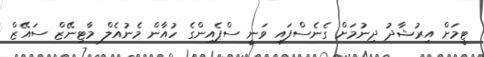
ޓީމަށް އިރުޝާދު ދިނުމަށް ގެނެސްފައި ވަނީ ސްޕެއިންގެ ހުއާން މެނުއެލް މާޓިނޭޒް ސައޭޒް